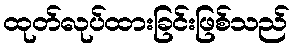
ထုတ်လုပ်ထားခြင်းဖြစ်သည်